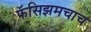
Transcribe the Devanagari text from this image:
फॅसिझमचाच